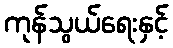
ကုန်သွယ်ရေးနှင့်